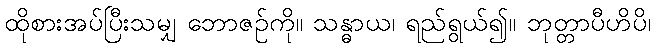
ထိုစားအပ်ပြီးသမျှ ဘောဇဉ်ကို။ သန္ဓာယ၊ ရည်ရွယ်၍။ ဘုတ္တာပီဟိပိ၊